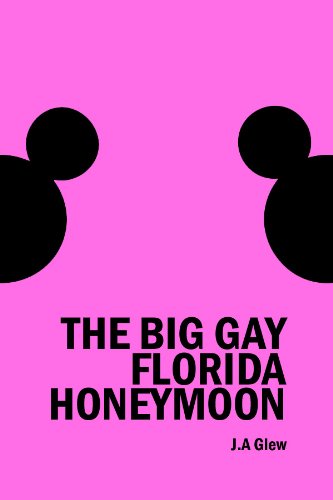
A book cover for Two Chubby Cubs: The Big Gay Florida Honeymoon; J. A. Glew; Crafts, Hobbies & Home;